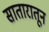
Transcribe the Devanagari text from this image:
सातारातून